Indian journal of veterinary science and animal husbandry - Volume 12,
Year: 1942
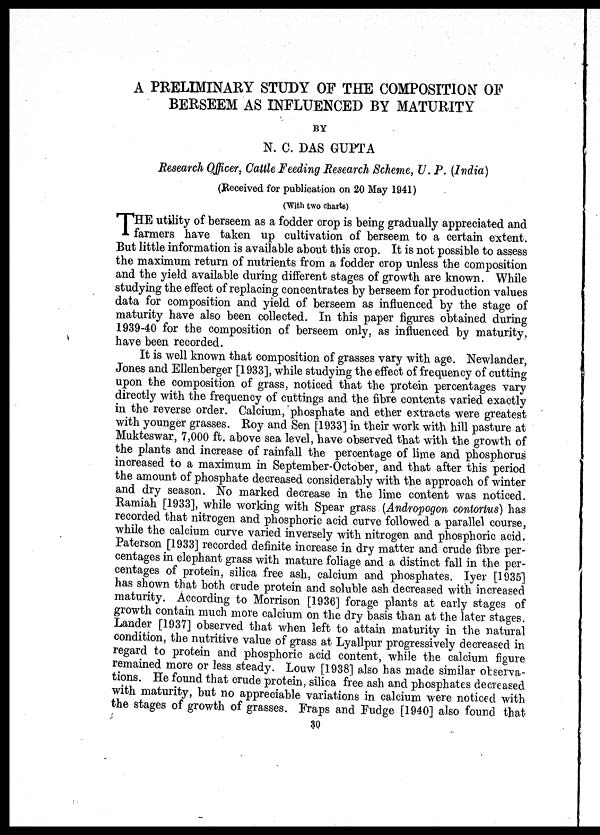
A PRELIMINARY STUDY OF THE COMPOSITION OF
BERSEEM AS INFLUENCED BY MATURITY
BY
N. C. DAS GUPTA
Research Officer, Cattle Feeding Research Scheme, U. P. (India)
(Received for publication on 20 May 1941)
(With two charts)
T HE utility of berseem as a fodder crop is being gradually appreciated and
farmers have taken up cultivation of berseem to a certain extent.
But little information is available about this crop. It is not possible to assess
the maximum return of nutrients from a fodder crop unless the composition
and the yield available during different stages of growth are known. While
studying the effect of replacing concentrates by berseem for production values
data for composition and yield of berseem as influenced by the stage of
maturity have also been collected. In this paper figures obtained during
1939-40 for the composition of berseem only, as influenced by maturity,
have been recorded.
It is well known that composition of grasses vary with age. Newlander,
Jones and Ellenberger [1933], while studying the effect of frequency of cutting
upon the composition of grass, noticed that the protein percentages vary
directly with the frequency of cuttings and the fibre contents varied exactly
in the reverse order. Calcium, phosphate and ether extracts were greatest
with younger grasses. Roy and Sen [1933] in their work with hill pasture at
Mukteswar, 7,000 ft. above sea level, have observed that with the growth of
the plants and increase of rainfall the percentage of lime and phosphorus
increased to a maximum in September-October, and that after this period
the amount of phosphate decreased considerably with the approach of winter
and dry season. No marked decrease in the lime content was noticed.
Ramiah [1933], while working with Spear grass (Andropogon contortus) has
recorded that nitrogen and phosphoric acid curve followed a parallel course,
while the calcium curve varied inversely with nitrogen and phosphoric acid.
Paterson [1933] recorded definite increase in dry matter and crude fibre per-
centages in elephant grass with mature foliage and a distinct fall in the per-
centages of protein, silica free ash, calcium and phosphates. Iyer [1935]
has shown that both crude protein and soluble ash decreased with increased
maturity. According to Morrison [1936] forage plants at early stages of
growth contain much more calcium on the dry basis than at the later stages.
Lander [1937] observed that when left to attain maturity in the natural
condition, the nutritive value of grass at Lyallpur progressively decreased in
regard to protein and phosphoric acid content, while the calcium figure
remained more or less steady. Louw [1938] also has made similar observa-
tions. He found that crude protein, silica free ash and phosphates decreased
with maturity, but no appreciable variations in calcium were noticed with
the stages of growth of grasses. Fraps and Fudge [1940] also found that
30